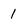
Character: 1